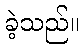
ခဲ့သည်။